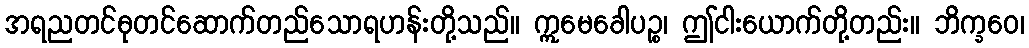
အရညတင်ဓုတင်ဆောက်တည်သောရဟန်းတို့သည်။ ဣမေခေါပဉ္စ၊ ဤငါးယောက်တို့တည်း။ ဘိက္ခဝေ၊